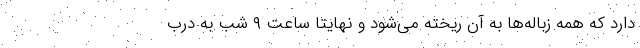
دارد که همه زباله‌ها به آن ریخته می‌شود و نهایتاً ساعت ۹ شب به درب